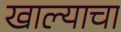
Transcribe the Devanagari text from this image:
खाल्याचा